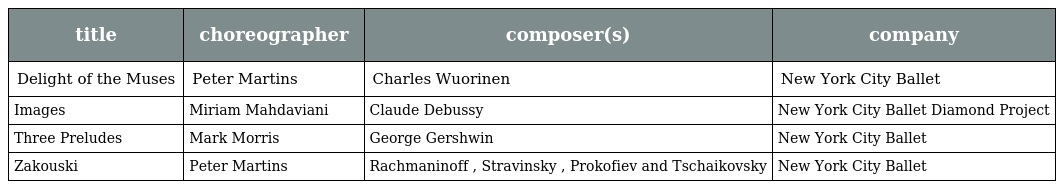
| title | choreographer | composer(s) | company |
 | --- | --- | --- | --- |
 | Delight of the Muses | Peter Martins | Charles Wuorinen | New York City Ballet |
 | Images | Miriam Mahdaviani | Claude Debussy | New York City Ballet Diamond Project |
 | Three Preludes | Mark Morris | George Gershwin | New York City Ballet |
 | Zakouski | Peter Martins | Rachmaninoff , Stravinsky , Prokofiev and Tschaikovsky | New York City Ballet |